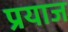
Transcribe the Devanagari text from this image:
प्रयाज